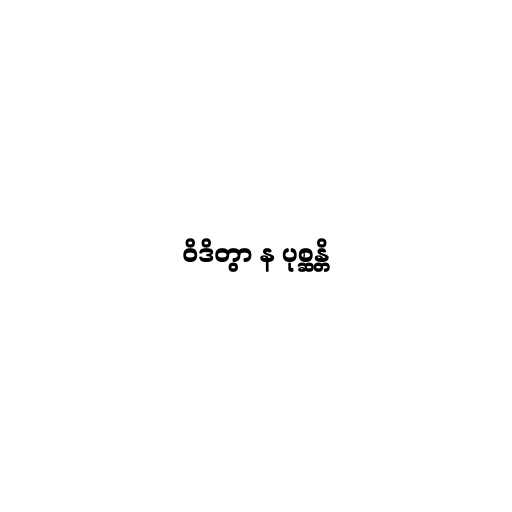
ဝိဒိတွာ န ပုစ္ဆန္တိ